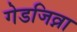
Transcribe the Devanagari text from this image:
गेडजिव्ना